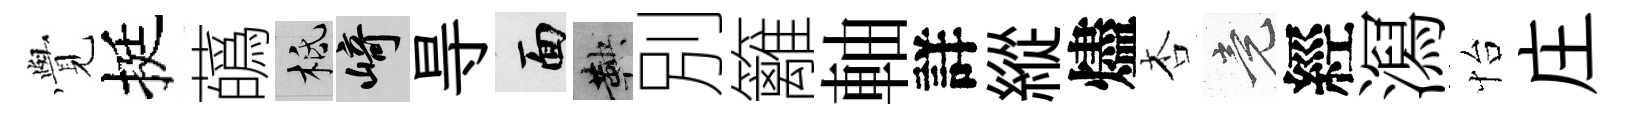
𮗜挺蘤柢崎㝵面鞅別籬軸詳縱燼杏竟經㵼怡庄